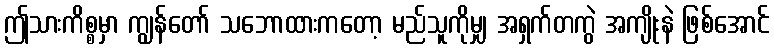
ဤသားကိစ္စမှာ ကျွန်တော် သဘောထားကတော့ မည်သူကိုမျှ အရှက်တကွဲ အကျိုးနဲ ဖြစ်အောင်